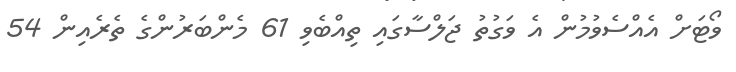
ވޯޓަށް އެއްސެވުމުން އެ ވަގުތު ޖަލްސާގައި ތިއްބެވި 61 މެންބަރުންގެ ތެރެއިން 54